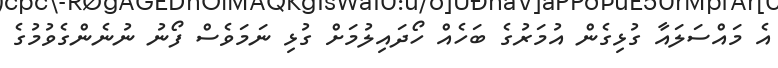
އެ މައްސަލައާ ގުޅިގެން އުމަރުގެ ބަހެއް ހޯދައިލުމަށް ގުޅި ނަމަވެސް ފޯނު ނުނެންގެވުމުގެ